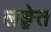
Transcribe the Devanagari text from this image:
लङ्घेत